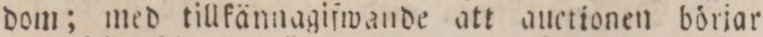
dom; med tillfännagifwande att auctionen börjar